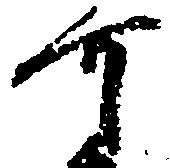
可